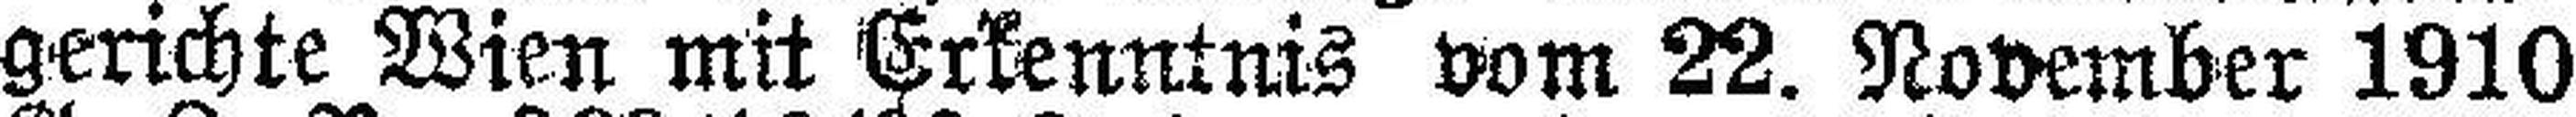
gerichte Wien mit Erkenntnis vom 22. November 1910